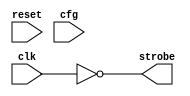
//  IBM Corp. 2021
// Licensed under the Apache License, Version 2.0 (the "License"), as modified by the terms below; you may not use the files in this
// repository except in compliance with the License as modified.
// You may obtain a copy of the License at http://www.apache.org/licenses/LICENSE-2.0
//
// Modified Terms:
//
//   1)	For the purpose of the patent license granted to you in Section 3 of the License, the "Work" hereby includes implementations of
//   the work of authorship in physical form.
//
// Unless required by applicable law or agreed to in writing, the reference design distributed under the License is distributed on an
// "AS IS" BASIS, WITHOUT WARRANTIES OR CONDITIONS OF ANY KIND, either express or implied. See the License for the specific language
// governing permissions and limitations under the License.
//
// Brief explanation of modifications:
//
// Modification 1: This modification extends the patent license to an implementation of the Work in physical form  i.e.,
// it unambiguously permits a user to make and use the physical chip.


// Local Clock Buffer for arrays
// Generates sim or implementation logic, depending on GENMODE.

`timescale 1 ns / 1 ns

/*
Config_LCB

   31 enable delay
   30 sdr=0 ddr=1
28:29 tap1 sel (pulse width)
26:27 tap2 sel (pulse 2 separation gross)
24:25 tap3 sel (pulse 2 separation fine)
*/

module  ra_lcb #(

    parameter GENMODE = 0

) (
    input         clk,
    input         reset,
    input [0:31]  cfg,
    output        strobe

);

reg               no_delay_q;
reg               no_delay_b_q;
reg               ddr_q;
reg    [0:3]      tap1_sel_q;
reg    [0:2]      tap2_sel_q;
reg    [0:3]      tap3_sel_q;

wire   [0:3]      delay1;
wire   [0:3]      tap1;
wire              tap1_b;
wire              pulse1_b;
wire              delay2_b;
wire   [0:15]     delay2;
wire   [0:2]      tap2;
wire              tap2_b;
wire   [0:3]      delay3;
wire   [0:3]      tap3;
wire              pulse2_b;
wire              pulse;

// predecode and keep locally
//wtf  make these dff cells?
always @(posedge clk) begin

   no_delay_q      <= ~cfg[31];
   no_delay_b_q    <= cfg[31];
   ddr_q           <= cfg[30];
   tap1_sel_q[0]   <= cfg[28:29] == 2'b00;
   tap1_sel_q[1]   <= cfg[28:29] == 2'b01;
   tap1_sel_q[2]   <= cfg[28:29] == 2'b10;
   tap1_sel_q[3]   <= cfg[28:29] == 2'b11;
   tap2_sel_q[0]   <= cfg[26:27] == 2'b00;
   tap2_sel_q[1]   <= cfg[26:27] == 2'b01;
   tap2_sel_q[2]   <= cfg[26:27] == 2'b10;
   //tap2_sel_q[3]   <= cfg[26:27] == 2'b11;
   tap3_sel_q[0]   <= cfg[24:25] == 2'b00;
   tap3_sel_q[1]   <= cfg[24:25] == 2'b01;
   tap3_sel_q[2]   <= cfg[24:25] == 2'b10;
   tap3_sel_q[3]   <= cfg[24:25] == 2'b11;

end

// generate strobe
// array needs strobe to precharge the bitlines before evaluate phase
// strobe is AND'd with enable/addr to create precharge signal -> strobe=0 == precharge
// sdr: one strobe per clk
// ddr: two strobes per clk; early/late select for addr sel/data out latch

generate

if (GENMODE == 0)

   assign strobe = ~clk;

else begin

   genvar i;

   // dly1 - create pulse 1 (and 2 if ddr) width
   sky130_fd_sc_hd__buf_1 dly1_0(.A(clk), .X(delay1[0]));

   //wtf need to size properly; could spread into 1/2/4/7 etc.
   // there are buf_[1,2,4,6,8,12,16]
   //           bufbuf_[8,16]
   //           clkbuf_[1,2,4,8,16]
   //           clkdlybufs15_[1,2]
   //           clkdlybufs18_[1,2]
   //           clkdlybufs25_[1,2]
   //           blkdlybufs50_[1,2]
   for (i = 1; i < 4; i = i + 1) begin
      sky130_fd_sc_hd__buf_1 dly1_n(.A(delay1[i-1]), .X(delay1[i]));
   end

   for (i = 0; i < 4; i = i + 1) begin
      sky130_fd_sc_hd__and2_1 dly1_sel(.A(tap1_sel_q[i]), .B(delay1[i]), .X(tap1[i]));
   end

   sky130_fd_sc_hd__nor4_1 dly1_or(.A(tap1[0]), .B(tap1[1]), .C(tap1[2]), .D(tap1[3]), .X(tap1_b));

   sky130_fd_sc_hd__nand2_1 dly1_out(.A(clk), .B(tap1_b), .Y(pulse1_b));

   // dly2 - create pulse 2 separation (disable for sdr)
   sky130_fd_sc_hd__and2_1 dly2_in(.A(ddr_q), .B(pulse1_b), .X(delay2_b));
   sky130_fd_sc_hd__inv_1 dly2_0(.A(delay2_b), .Y(delay2[0]));

   // 2-stage
   // +8/12/16
   // +0/1/2/3
   for (i = 1; i < 16; i = i + 1) begin
      sky130_fd_sc_hd__inv_1 dly2_n(.A(delay2[i-1]), .Y(delay2[i]));
   end

   sky130_fd_sc_hd__and2_1 dly2_sel0(.A(tap2_sel_q[0]), .B(delay2[7]),  .X(tap2[0]));
   sky130_fd_sc_hd__and2_1 dly2_sel1(.A(tap2_sel_q[1]), .B(delay2[11]), .X(tap2[1]));
   sky130_fd_sc_hd__and2_1 dly2_sel2(.A(tap2_sel_q[2]), .B(delay2[15]), .X(tap2[2]));

   sky130_fd_sc_hd__or3_1 dly3_0(.A(tap2[0]), .B(tap2[1]), .C(tap2[2]), .X(delay3[0]));
   for (i = 1; i < 4; i = i + 1) begin
      sky130_fd_sc_hd__buf_1 dly3_n (.A(delay3[i-1]), .X(delay3[i]));
   end

   for (i = 0; i < 4; i = i + 1) begin
      sky130_fd_sc_hd__and2_1 dly3_sel(.A(tap3_sel_q[i]), .B(delay3[i]), .X(tap3[i]));
   end

   sky130_fd_sc_hd__nor4_1 dly3_out(.A(tap3[0]), .B(tap3[1]), .C(tap3[2]), .D(tap3[3]), .X(pulse2_b));

   // combine
   sky130_fd_sc_hd__nand2_1 pulse12(.A(pulse1_b), .B(pulse2_b), .Y(pulse));

   // select and invert (neg-active precharge)
   sky130_fd_sc_hd__a22oi_1 strobe_out(.A1(no_delay_q), .A2(clk), .B1(no_delay_b_q), .B2(pulse), .X(strobe));

end

endgenerate

endmodule